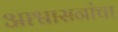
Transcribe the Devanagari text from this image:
आश्वासनांचा